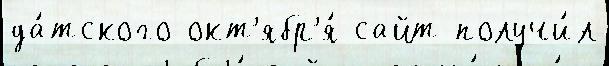
да́тского окт'ябр'я́ сайт получи́л